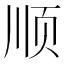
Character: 顺